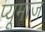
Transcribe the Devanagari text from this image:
प्यूमाज